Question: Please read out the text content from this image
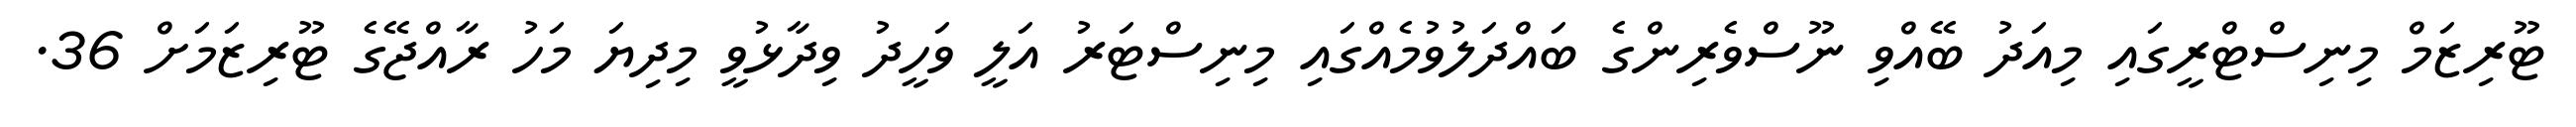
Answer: ޓޫރިޒަމް މިނިސްޓްރީގައި މިއަދު ބޭއްވި ނޫސްވެރިންގެ ބައްދަލުވުމެއްގައި މިނިސްޓަރު އަލީ ވަހީދު ވިދާޅުވީ މިދިޔަ މަހު ރާއްޖޭގެ ޓޫރިޒަމަށް 36.